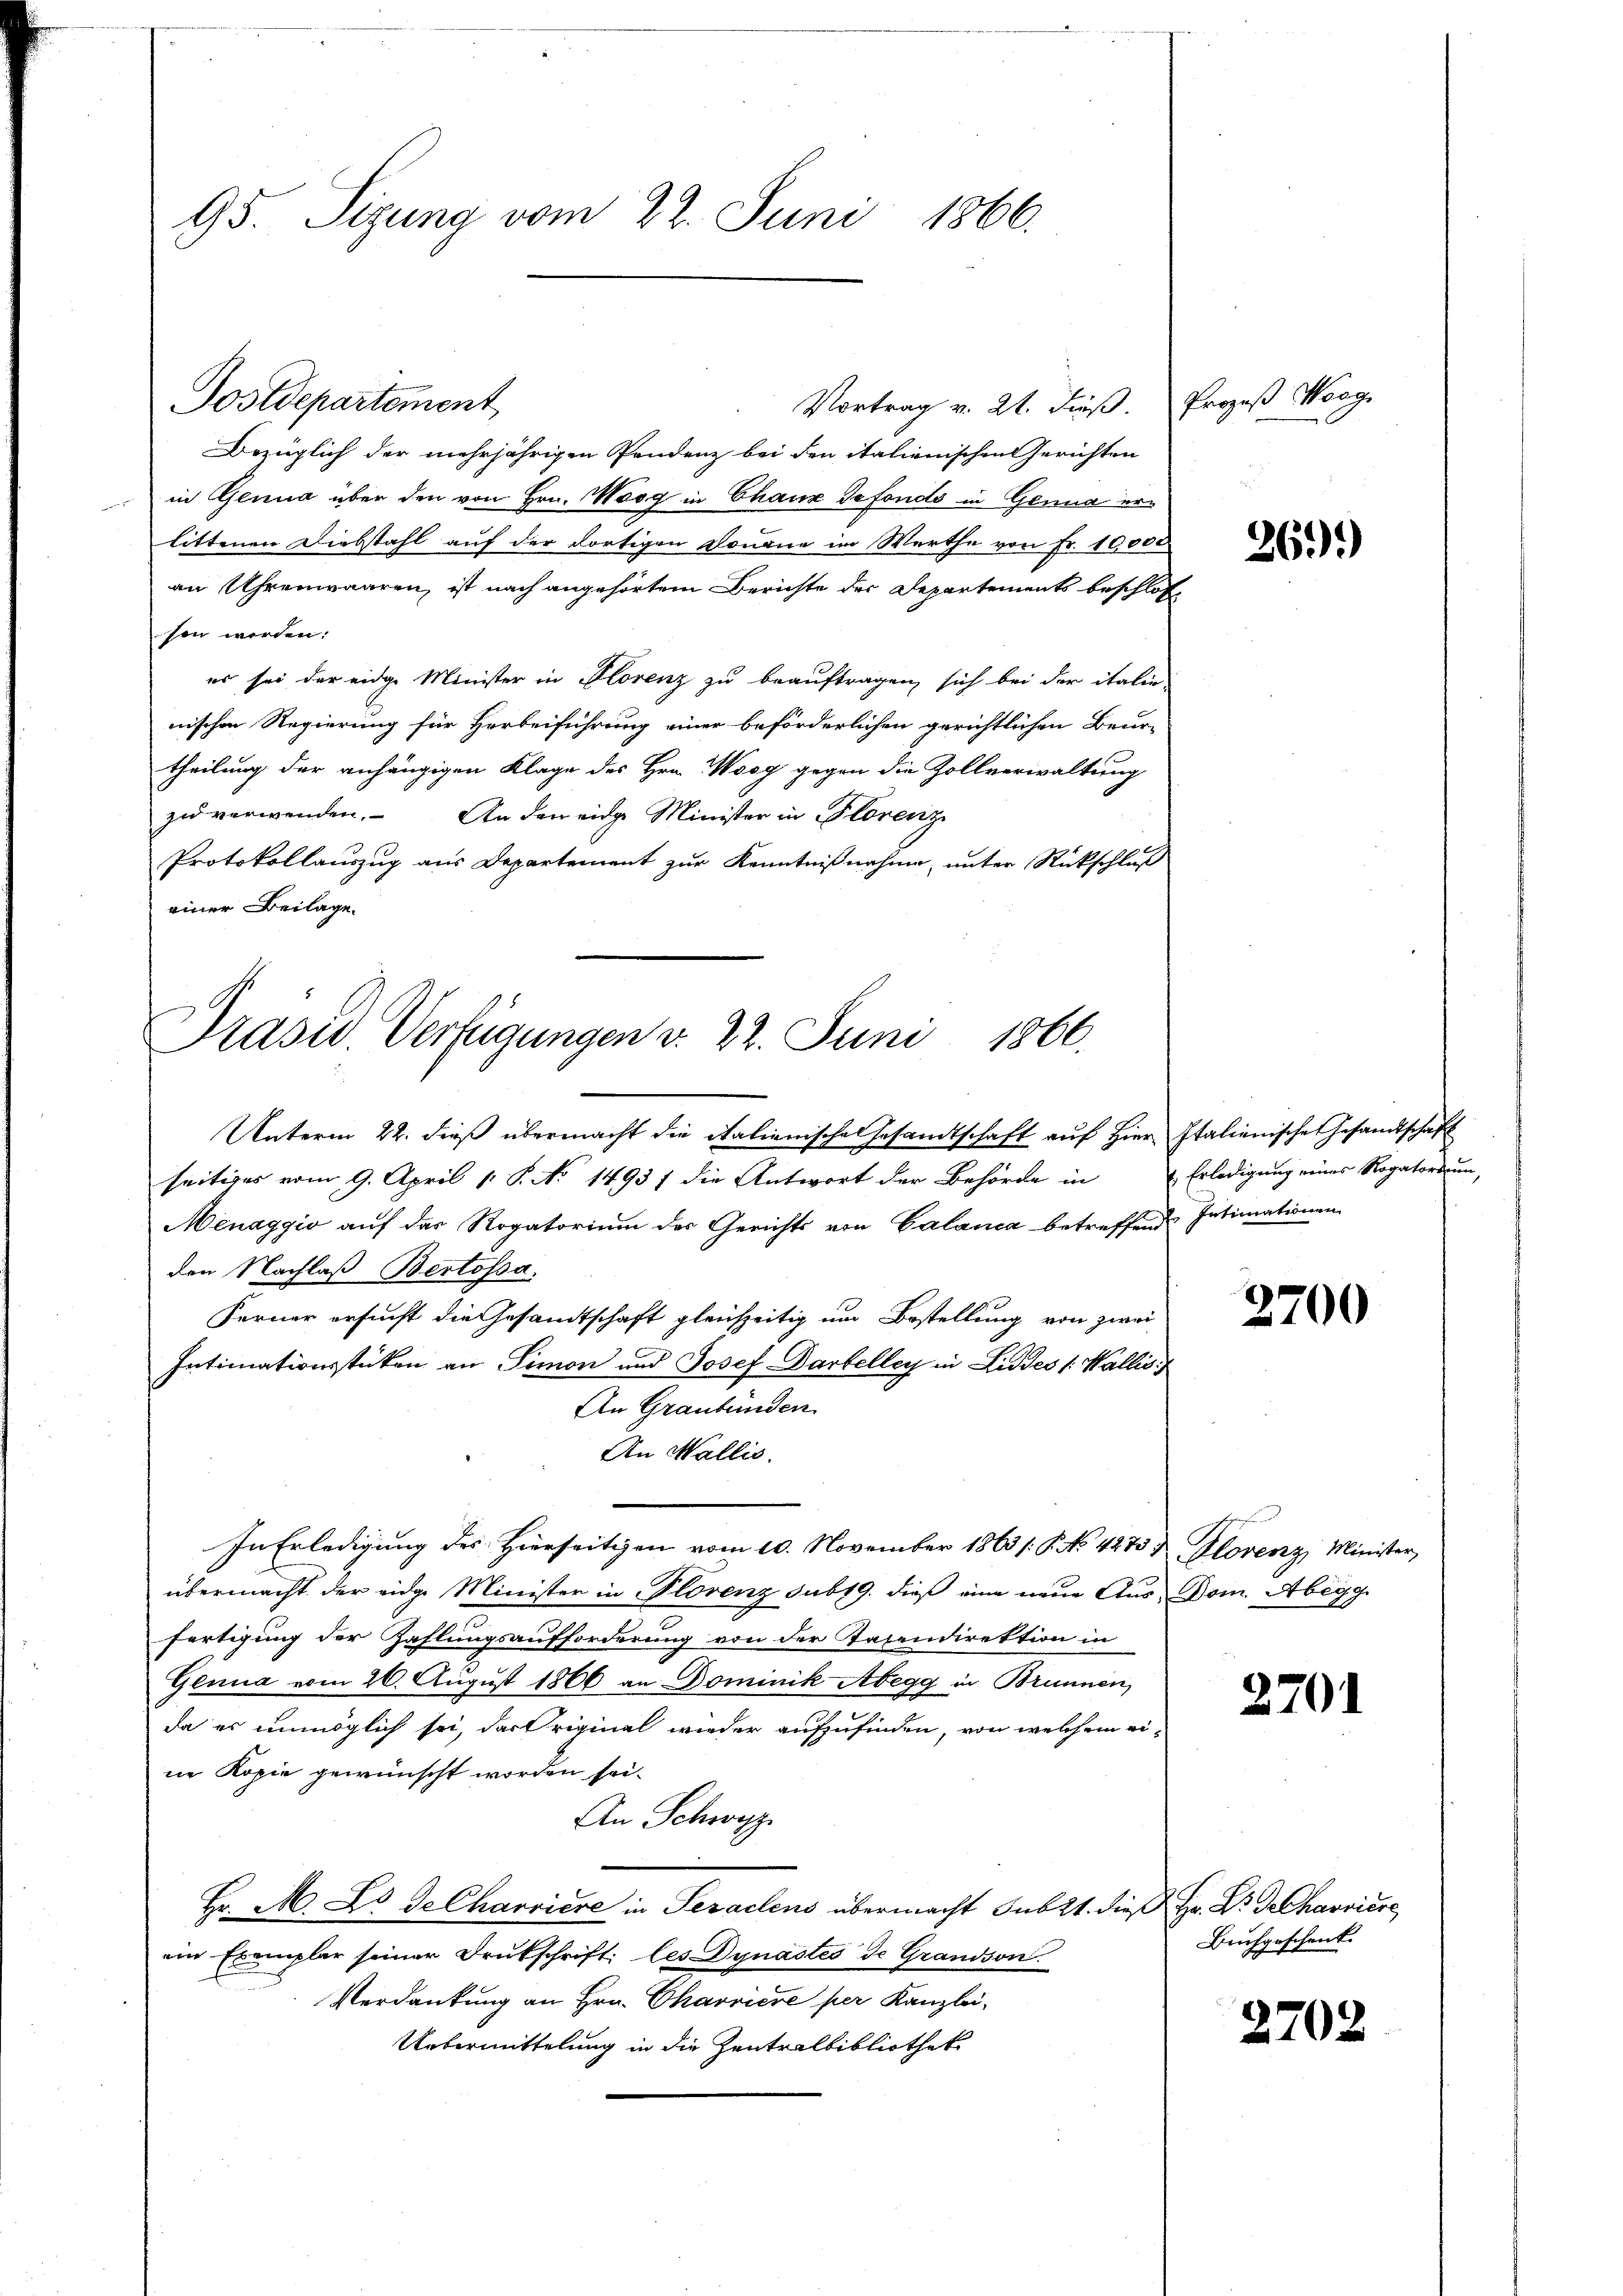
95. Sizung vom 22. Juni 1866.

Postdepartement

Präsid. Verfügungen v. 22. Juni 1866.

Vortrag v. 21. dieß. Prozeß Wegge
Bezüglich der mehrjährigen Pendenz bei den italienischen Gerichten
in Genua über den von Hrn. Mösg in Chaux defonds in Genua erlittenen Diebstahl auf der dortigen Donaue im Werthe von Fr. 10,000
an Uhrenwaaren, ist nach angehörtem Berichte der Departements beschlos
sen werden.
es sei der eidge Minister in Florenz zu beauftragen, sich bei der italie
nischen Regierung für Horbeiführung einer beförderlichen gerichtlichen Beur-
theilung der anhängigen Klage des Hrn. Wody gegen die Zollverwaltung
zu verwenden. An den eidge Minister in Florenz
Protokollauszug aus Departement zur Kenntnißnahme, unter Rückschluß
einer Beilage.
Unterm 22. dieß übermacht die italienisches Gesandtschaft auf Hier Italienische Gesandtschaft
seitiges vom 9. April 1 S. No 14937 die Antwort der Behörde in Erledigung eines Rogatorium,
Menaggio auf das Rogatorium der Gerichts von Calanca betreffend Intimationen
den Nachlaß Bertossa.
Ferner ersucht die Gesandtschaft gleichzeitig um Bestellung von zwei
Intimationsstücken an Simon und Josef Dartelley in Liddes Wallis
An Graubünden
An Wallis.
In Erledigung des Hierseitigen vom 10. November 1863 /: P. No 4275 & Florenz, Minister,
übermacht der eidge Minister in Plövenz sub 19. dieß eine neue Aus Dom. Abegg.
fertigung der Zahlungsaufforderung von der Tatendirektion in
Genua vom 26. August 1866 an Dominik Abegg in Brunnen,
da es unmöglich sei, das Original wieder aufzufinden, von welchem ei-
ne Kopie gewünscht worden sei¬
An Schwyz
Hr. M. L. Ge Charriere in Serachens übermacht sub 21. dieß Hr. Dr. Dechanviere
ein Exemplar seiner Brütschrift: les Dynastes de Grandson
Verdankung an Hrn. Charriere per Kanzlei-
Uebermittelung in die Zentralbibliothek

26.)

2700

2701

Buchgeschenk.

2702